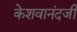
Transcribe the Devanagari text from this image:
केशवानंदजी